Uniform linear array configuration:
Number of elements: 16
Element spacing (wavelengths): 0.25
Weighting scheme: hamming
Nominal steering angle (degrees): -30
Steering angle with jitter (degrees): -29.683
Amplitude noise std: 0.05
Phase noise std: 0.05

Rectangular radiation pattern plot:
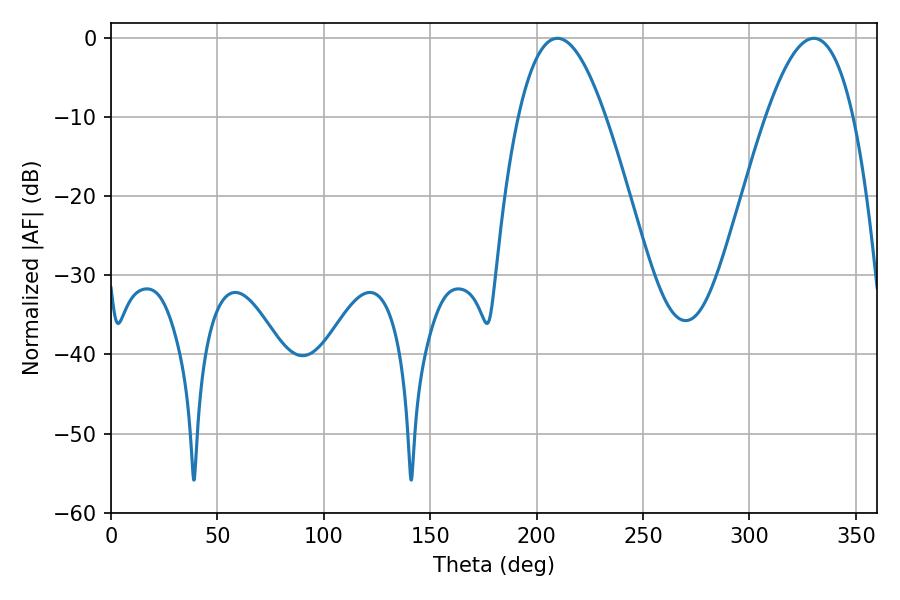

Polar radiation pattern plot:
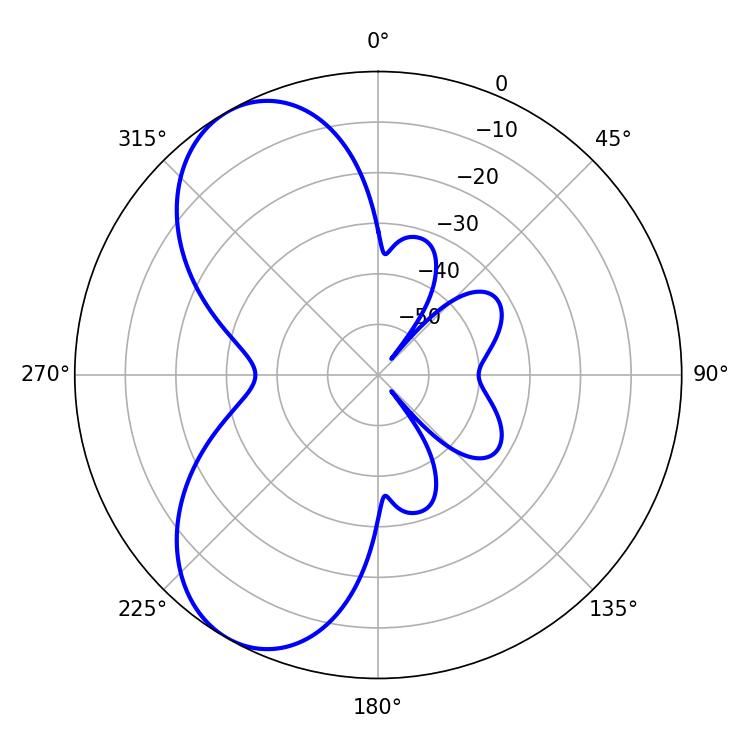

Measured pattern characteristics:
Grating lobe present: FALSE
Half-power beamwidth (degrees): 22.32
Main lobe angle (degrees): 209.7